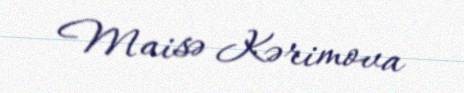
Maisə Kərimova